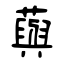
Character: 藇